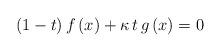
LaTeX: \begin{align*}\left(1-t\right)f\left(x\right) + \kappa\, t\, g\left(x\right) = 0\end{align*}